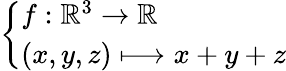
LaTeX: \left\{ \begin{array}{ll}{f:\mathbb{R}^{3}\to\mathbb{R}}\\ {(x,y,z)\longmapsto x+y+z}\end{array}\right.